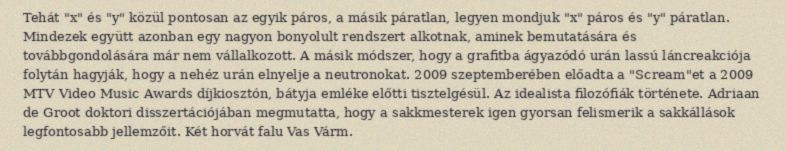
Tehát "x" és "y" közül pontosan az egyik páros, a másik páratlan, legyen mondjuk "x" páros és "y" páratlan. Mindezek együtt azonban egy nagyon bonyolult rendszert alkotnak, aminek bemutatására és továbbgondolására már nem vállalkozott. A másik módszer, hogy a grafitba ágyazódó urán lassú láncreakciója folytán hagyják, hogy a nehéz urán elnyelje a neutronokat. 2009 szeptemberében előadta a "Scream"et a 2009 MTV Video Music Awards díjkiosztón, bátyja emléke előtti tisztelgésül. Az idealista filozófiák története. Adriaan de Groot doktori disszertációjában megmutatta, hogy a sakkmesterek igen gyorsan felismerik a sakkállások legfontosabb jellemzőit. Két horvát falu Vas Várm.